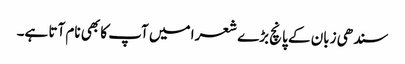
سندھی زبان کے پانچ بڑے شعرا میں آپ کا بھی نام آتا ہے۔